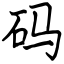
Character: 码